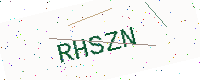
Text: RHSZN